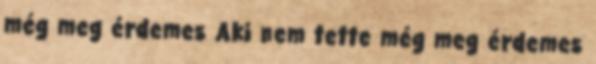
még meg érdemes Aki nem tette még meg érdemes